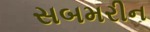
સબમરીન